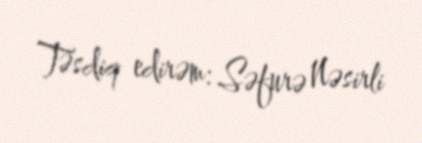
Təsdiq edirəm: Səfurə Nəsirli